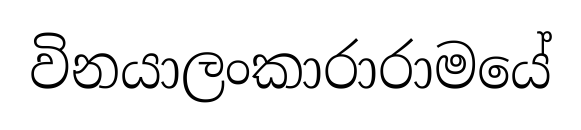
විනයාලංකාරාරාමයේ